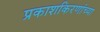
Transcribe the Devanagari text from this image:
प्रकाशकिरणांच्या